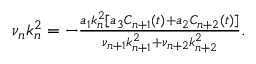
\begin{array} { r } { \nu _ { n } k _ { n } ^ { 2 } = - \frac { a _ { 1 } k _ { n } ^ { 2 } [ a _ { 3 } C _ { n + 1 } ( t ) + a _ { 2 } C _ { n + 2 } ( t ) ] } { \nu _ { n + 1 } k _ { n + 1 } ^ { 2 } + \nu _ { n + 2 } k _ { n + 2 } ^ { 2 } } . } \end{array}